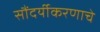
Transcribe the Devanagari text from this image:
सौंदर्यीकरणाचे